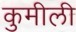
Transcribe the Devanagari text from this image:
कुमीली